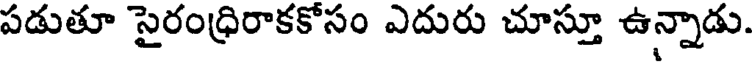
పడుతూ సైరంధ్రిరాకకోసం ఎదురు చూస్తూ ఉన్నాడు.